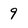
Character: 9